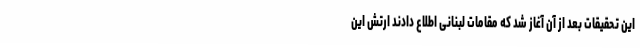
این تحقیقات بعد از آن آغاز شد که مقامات لبنانی اطلاع دادند ارتش این